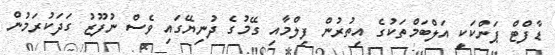
ޑާފްޓް ޕަންކަކީ އަލްބަމްތަކުގެ އިތުރުން ފިލްމާއި ގޭމުގެ ދުނިޔޭގައި ވެސް ނުފޫޒު ގަދަކުރަމުން